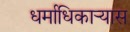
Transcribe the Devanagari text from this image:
धर्माधिकार्‍यास